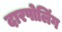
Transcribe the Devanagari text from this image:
दारपोलिंग